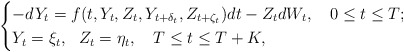
\begin{align*} \begin{cases} -dY_{t}=f(t,Y_{t},Z_{t},Y_{t+\delta_{t}},Z_{t+\zeta_{t}}) dt - Z_{t} dW_{t}, \ \ \ 0\leq t\leq T; \\ Y_{t}=\xi_{t}, \ \ Z_{t}=\eta_{t}, \ \ \ T\leq t\leq T+K, \end{cases}\end{align*}